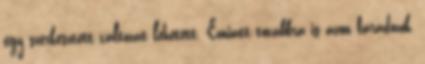
egy szerkesztett változat lehetett. Emiatt továbbra is azon fáradozok,